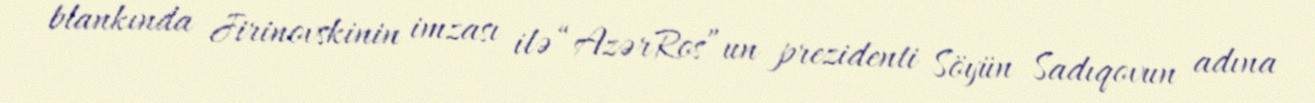
blankında Jirinovskinin imzası ilə “AzərRos”un prezidenti Söyün Sadıqovun adına